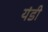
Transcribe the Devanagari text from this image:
यंडी